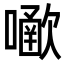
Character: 𡁀